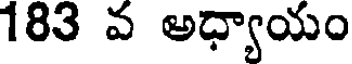
183 వ అధ్యాయం